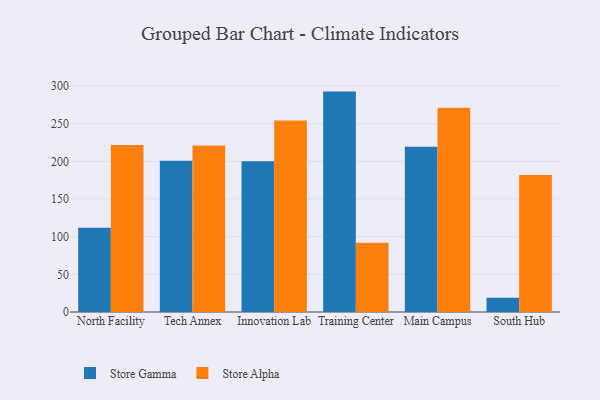
{"axis": {"x": "Campus", "y": "Customer Acquisition Cost (USD)"}, "legend": ["Store Alpha", "Store Gamma"], "data": [{"x": "North Facility", "y": 111.7, "type": "Store Gamma"}, {"x": "North Facility", "y": 221.6, "type": "Store Alpha"}, {"x": "Tech Annex", "y": 200.8, "type": "Store Gamma"}, {"x": "Tech Annex", "y": 220.9, "type": "Store Alpha"}, {"x": "Innovation Lab", "y": 200.0, "type": "Store Gamma"}, {"x": "Innovation Lab", "y": 254.3, "type": "Store Alpha"}, {"x": "Training Center", "y": 292.6, "type": "Store Gamma"}, {"x": "Training Center", "y": 92.0, "type": "Store Alpha"}, {"x": "Main Campus", "y": 219.3, "type": "Store Gamma"}, {"x": "Main Campus", "y": 271.2, "type": "Store Alpha"}, {"x": "South Hub", "y": 18.8, "type": "Store Gamma"}, {"x": "South Hub", "y": 181.8, "type": "Store Alpha"}]}